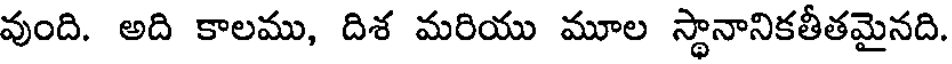
వుంది. అది కాలము, దిశ మరియు మూల స్థానానికతీతమైనది.